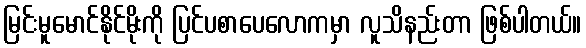
မြင်းမူမောင်နိုင်မိုးကို ပြင်ပစာပေလောကမှာ လူသိနည်းတာ ဖြစ်ပါတယ်။